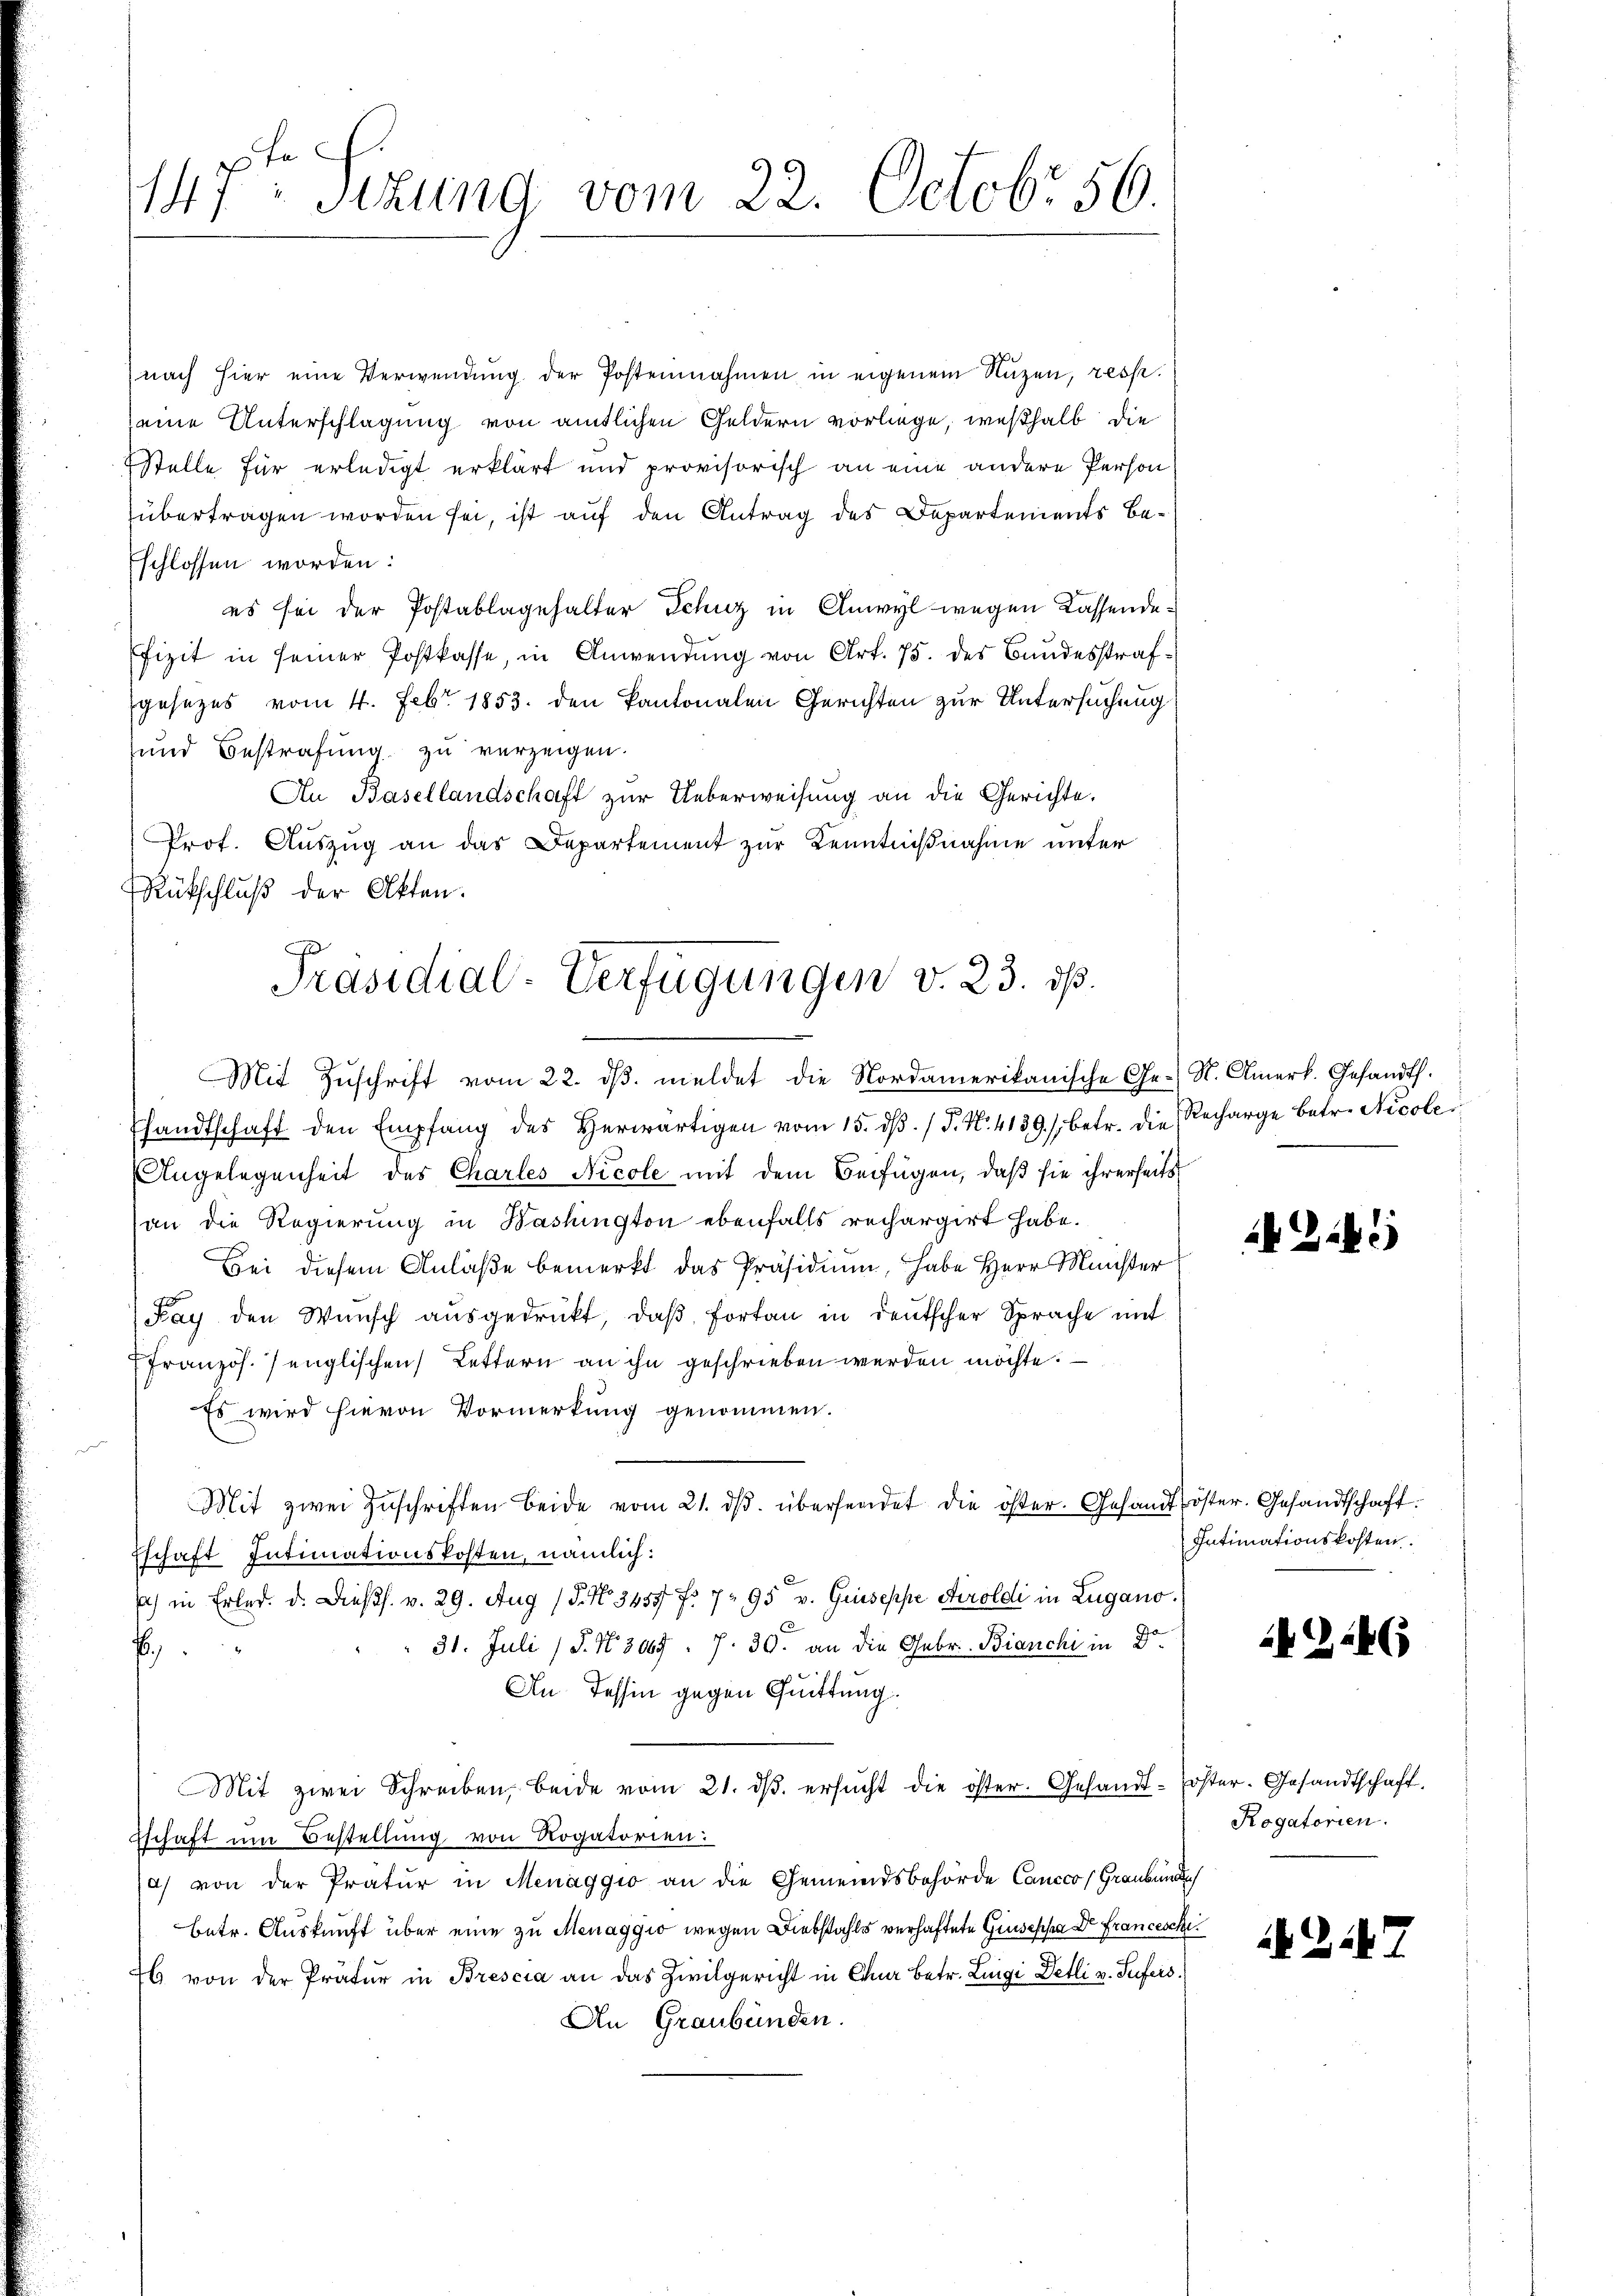
147ten Sizung vom 22. Octobr. 56.

nach hier eine Verwendung der Postennahmen in eigenem Nuzen, resp.
seine Unterschlagung von amtlichen Geldern vorliege, weßhalb die
Stelle für erledigt erklärt und provisorisch an eine andere Person
übertragen worden sei, ist auf den Antrag des Departements Beschlossen worden:
es sei der Postablagehalter Schuz in Anwyl wegen Kassendefizit in seiner Postkasse, in Anwendung von Art. 75. des Bundesstrafgesezes vom 4. Febr. 1853. den kantonalen Gerichten zur Untersuchung
und Bestrafung zu verzeigen.
An Basellandschaft zur Ueberweisung an die Gerichte.
Prof. Auszug an das Departement zur Kenntnißnahme unter
Rückschluß der Akten.
Mit Zŭschrift vom 22. dβ. meldet die Nordamerikanische Ge- St. Amerk. Gesandt.
sandtschaft den Empfang des Herwärtigen vom 15. dβ. / P. Nr. 4139. betr. die Recharge betr. Nicole
Angelegenheit des Charles Nicole mit dem Beifügen, daß sie ihrerseits
an die Regierung in Washington ebenfalls rechargirt habe.
Bei diesem Anlaße bemerkt das Präsidiŭm, habe Herr Meister
Fay den Wünsch aŭsgedrückt, daβ fortan in deutscher Sprache mit
Französ. / englischen Lettern an ihn geschrieben werden möchte.
Es wird hievon Vormerkung genommen.
Mit zwei Zŭschriften beide vom 21. dβ. übersendet die öster. Gesandt röster. Gesandtschaft.
Eschaft Intimationskosten, nämlich:
) in Erled. d. Diess. v. 29. Aug (§. No 3455 f. 795 v. Griseppe Airoldi in Zugano.
31. Juli (§. N. 3665. 7. 30. an die Gebr. Bianchi in Dr.
E
An Tessin gegen Quittung.
Mit zwei Schreiben, beide vom 21. dβ ersŭcht die öster. Gesandt-Poster-Gesandtschaft.
tschaft um Bestellung von Rogatorien:
a) von der Pratur in Menaggio an die Gemeindsbehörde Cancco, Graubünd
betr. Auskunft über eine zu Menaggio wegen Diebstahls verhaftete Giusepha Dr Francesche
76 von der Prätur in Brescia an das Zivilgericht in Chur betr. Luigi Detli v. Sufeis.
An Graubünden.

Präsidial-Verfügungen v. 23. ds.

Intimationskosten.

2

G146

Rogatorien.

247